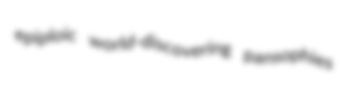
epiploic world-discovering pansophies